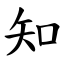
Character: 知